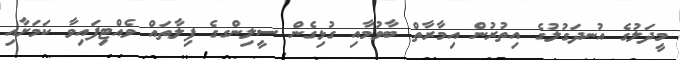
މީދަލުގެ އުނދަގުލުގެ އިތުރުން އިމާރާތް ބާވުމާއި ގުޅިގެން ސީލިންގގެ ފިލާތައް ވެއްޓިފައިވާ ކަމަށާއި